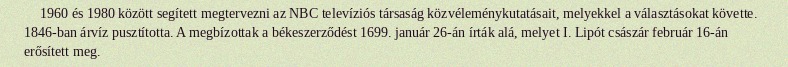
1960 és 1980 között segített megtervezni az NBC televíziós társaság közvéleménykutatásait, melyekkel a választásokat követte. 1846-ban árvíz pusztította. A megbízottak a békeszerződést 1699. január 26-án írták alá, melyet I. Lipót császár február 16-án erősített meg.